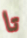
تا